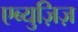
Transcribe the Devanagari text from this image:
एब्युज़िज़